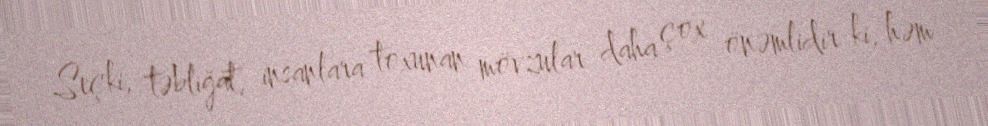
Seçki, təbliğat, insanlara toxunan mövzular daha çox önəmlidir ki, həm